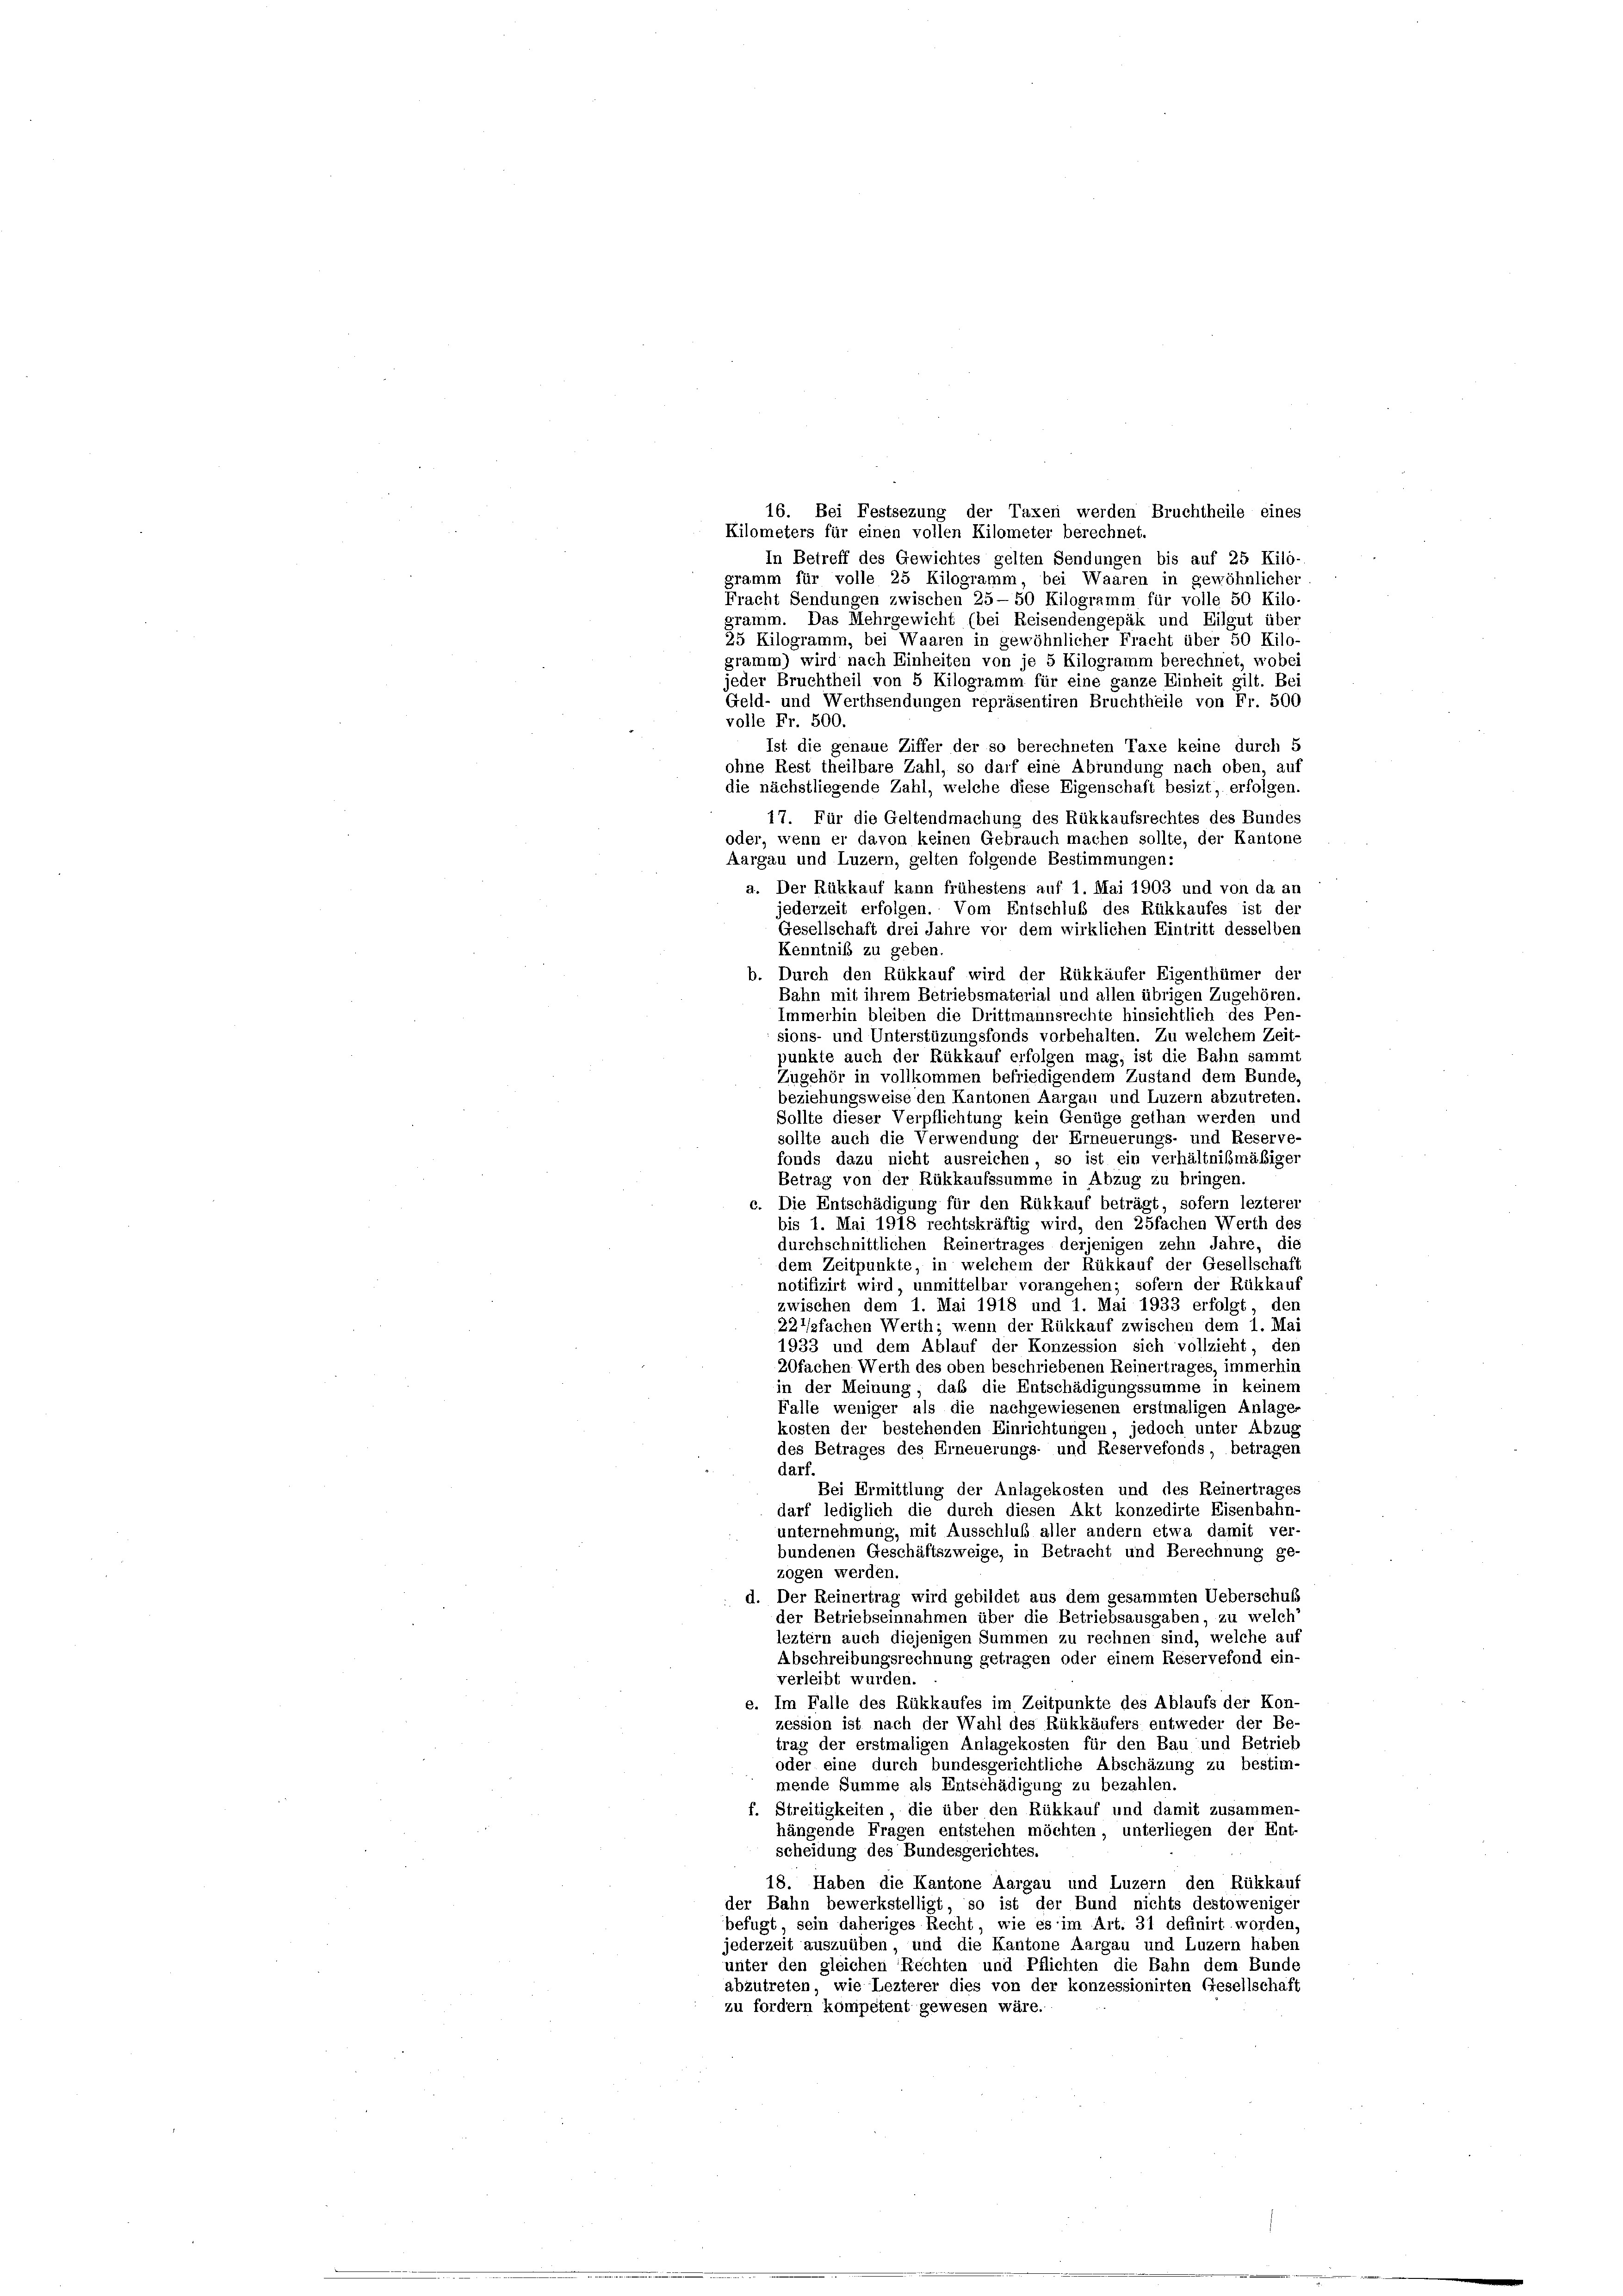
16. Bei Festsezung der Taxen werden Bruchtheile eines
Kilometers für einen vollen Kilometer berechnet.
In Betreff des Gewichtes gelten Sendungen bis auf 25 Kilo-
gramm für volle 25 Kilogramm, bei Waaren in gewöhnlicher
Fracht Sendungen zwischen 25—50 Kilogramm für volle 50 Kilo-
gramm. Das Mehrgewicht (bei Reisendengepak und Eilgut über
25 Kilogramm, bei Waaren in gewöhnlicher Fracht über 50 Kilo-
gramm) wird nach Einheiten von je 5 Kilogramm berechnet, wobei
jeder Bruchtheil von 5 Kilogramm für eine ganze Einheit gilt. Bei
Geld- und Werthsendungen repräsentiren Bruchtheile von Fr. 500
volle Fr. 500.
Ist die genaue Ziffer der so berechneten Taxe keine durch 5
ohne Rest theilbare Zahl, so darf eine Abrundung nach oben, auf
die nächstliegende Zahl, welche diese Eigenschaft besizt, erfolgen.
17. Für die Geltendmachung des Rükkaufsrechtes des Bundes
oder, wenn er davon keinen Gebrauch machen sollte, der Kantone
Aargau und Luzern, gelten folgende Bestimmungen:
a. Der Rükkauf kann frühestens auf 1. Mai 1903 und von da an
jederzeit erfolgen. Vom Entschluß des Rükkaufes ist der
Gesellschaft drei Jahre vor dem wirklichen Eintritt desselben
Kenntnis zu geben.
b. Durch den Rükkauf wird der Rükkäufer Eigenthümer der
Bahn mit ihrem Betriebsmaterial und allen übrigen Zugehören.
Immerhin bleiben die Drittmannsrechte hinsichtlich des Pen-
sions- und Unterstüzungsfonds vorbehalten. Zu welchem Zeit-
punkte auch der Rükkauf erfolgen mag, ist die Bahn sammt
Zugehör in vollkommen befriedigendem Zustand dem Bunde,
beziehungsweise den Kantonen Aargau und Luzern abzutreten.
Sollte dieser Verpflichtung kein Genüge gethan werden und
sollte auch die Verwendung der Erneuerungs- und Reserve-
fonds dazu nicht ausreichen, so ist ein verhältnißmäßiger
Betrag von der Rükkaufssumme in Abzug zu bringen.
c. Die Entschädigung für den Rükkauf beträgt, sofern lezterer
bis 1. Mai 1918 rechtskräftig wird, den 25fachen Werth des
durchschnittlichen Reinertrages derjenigen zehn Jahre, die
dem Zeitpunkte, in welchem der Rükkauf der Gesellschaft
notifizirt wird, unmittelbar vorangehen; sofern der Rükkauf
zwischen dem 1. Mai 1918 und 1. Mai 1933 erfolgt, den
22fachen Werth; wenn der Rükkauf zwischen dem 1. Ma
1933 und dem Ablauf der Konzession sich vollzieht, den
20fachen Werth des oben beschriebenen Reinertrages, immerhin
in der Meinung, daß die Entschädigungssumme in keinem
Falle weniger als die nachgewiesenen erstmaligen Anlage-
kosten der bestehenden Einrichtungen, jedoch unter Abzug
des Betrages des Erneuerungs- und Reservefonds, betragen
darf.
Bei Ermittlung der Anlagekosten und des Reinertrages
darf lediglich die durch diesen Akt konzedirte Eisenbahn-
unternehmung, mit Ausschluß aller andern etwa damit ver-
bundenen Geschäftszweige, in Betracht und Berechnung ge-
zogen werden.
d. Der Reinertrag wird gebildet aus dem gesammten Ueberschuß
der Betriebseinnahmen über die Betriebsausgaben, zu welch’
leztem auch diejenigen Summen zu rechnen sind, welche auf
Abschreibungsrechnung getragen oder einem Reservefond ein-
verleibt wurden.
e. Im Falle des Rükkaufes im Zeitpunkte des Ablaufs der Kon-
zession ist nach der Wahl des Rükkäufers entweder der Be-
trag der erstmaligen Anlagekosten für den Bau und Betrieb
oder eine durch bundesgerichtliche Abschäzung zu bestim-
mende Summe als Entschädigung zu bezahlen.
f. Streitigkeiten, die über den Rükkauf und damit zusammen-
hängende Fragen entstehen möchten, unterliegen der Ent-
scheidung des Bundesgerichtes.
18. Haben die Kantone Aargau und Luzern den Rükkauf
der Bahn bewerkstelligt, so ist der Bund nichts destoweniger
befugt sein daheriges Recht, wie es im Art. 31 definirt worden,
jederzeit auszuüben, und die Kantone Aargau und Luzern haben
unter den gleichen Rechten und Pflichten die Bahn dem Bunde
abzutreten, wie Lezterer dies von der konzessionirten Gesellschaft
zu fordern kompetent gewesen wäre.